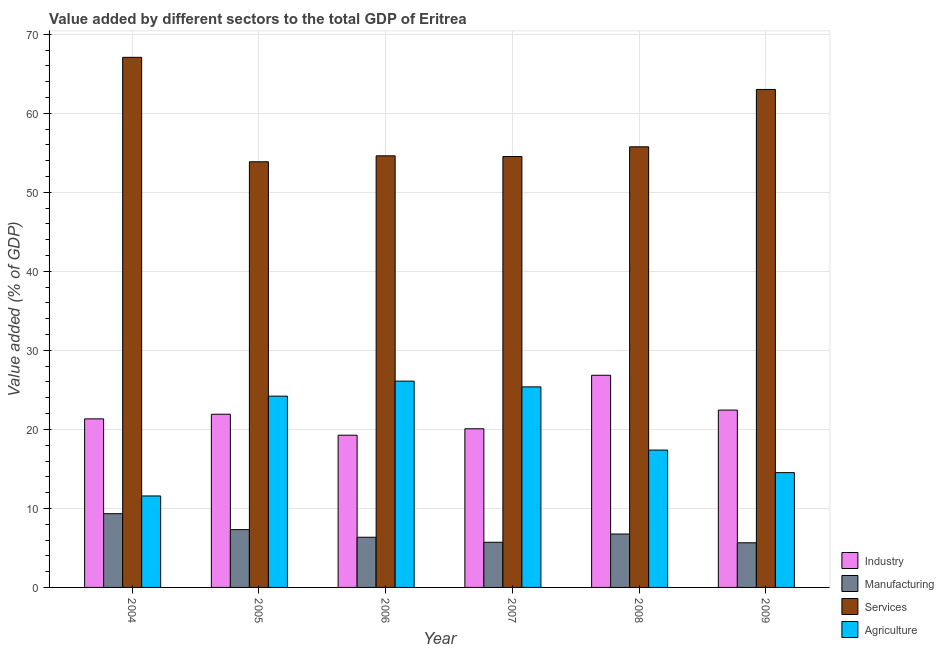
| Year | Industry | Manufacturing | Services | Agriculture |
 | --- | --- | --- | --- | --- |
 | 2004 | 21.3 | 9.33 | 67.1 | 11.6 |
 | 2005 | 21.9 | 7.31 | 53.9 | 24.2 |
 | 2006 | 19.3 | 6.35 | 54.6 | 26.1 |
 | 2007 | 20.1 | 5.71 | 54.5 | 25.4 |
 | 2008 | 26.9 | 6.76 | 55.8 | 17.4 |
 | 2009 | 22.4 | 5.65 | 63 | 14.5 |